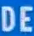
DE